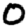
Digit: 0